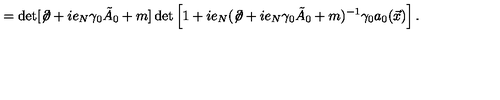
= \det [ \not \! \partial + i e _ { N } \gamma _ { 0 } { \tilde { A } } _ { 0 } + m ] \det \left[ 1 + i e _ { N } ( \not \! \partial + i e _ { N } \gamma _ { 0 } { \tilde { A } } _ { 0 } + m ) ^ { - 1 } \gamma _ { 0 } a _ { 0 } ( \vec { x } ) \right] .